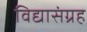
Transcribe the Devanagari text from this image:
विद्यासंग्रह